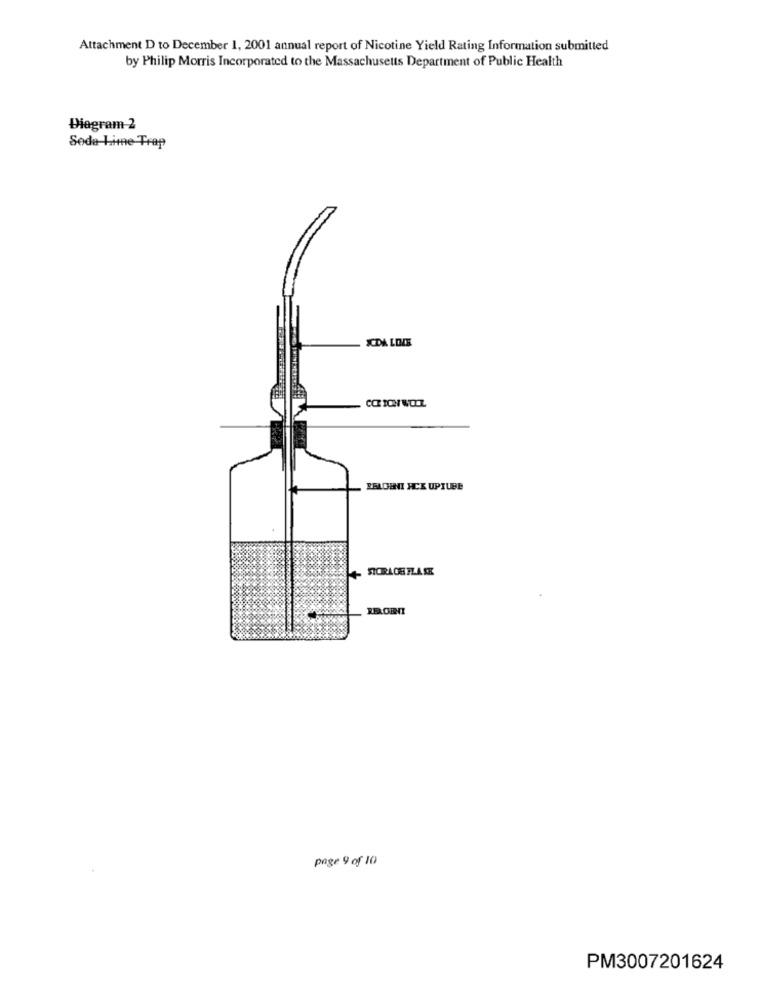
Attachment D to December 1, 2001 annual report of Nicotine Yield Rating Information submitted
by Philip Morris Incorporated to the Massachusetts Department of Public Health
Diagram 2
Soda-Lime Trap
JCDA LODE
RELOBI ACK UPIUBE
page 9 of 10
PM3007201624